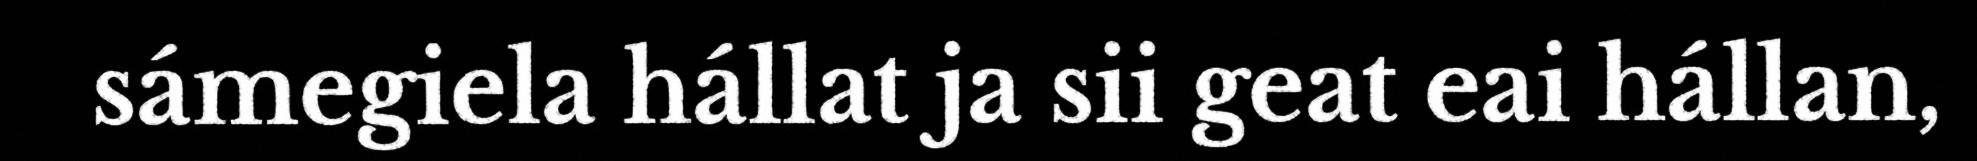
sámegiela hállat ja sii geat eai hállan,